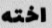
اخته